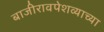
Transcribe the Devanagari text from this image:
बाजीरावपेशव्याच्या